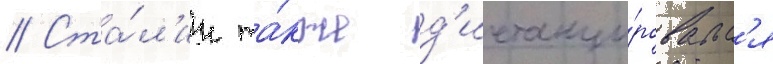
// Ста́л'ин та́кже д'истанци́ровалс'я